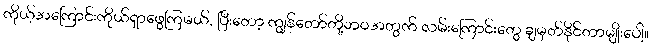
ကိုယ့်အကြောင်းကိုယ်ရှာဖွေကြမယ်, ပြီးတော့ ကျွန်တော်တို့ဘဝအတွက် လမ်းကြောင်းတွေ ချမှတ်နိုင်တာမျိုးပေါ့။